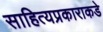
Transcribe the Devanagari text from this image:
साहित्यप्रकाराकडे